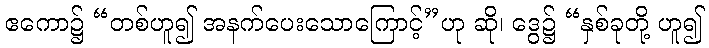
ဧကော၌ “တစ်ဟူ၍ အနက်ပေးသောကြောင့်”ဟု ဆို၊ ဒွေ၌ “နှစ်ခုတို့ ဟူ၍